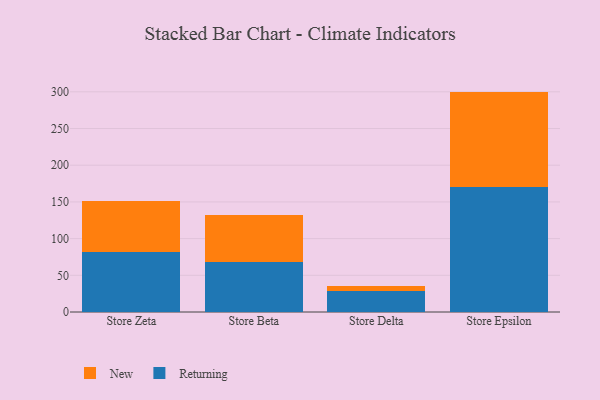
{"axis": {"x": "Store", "y": "Waste Production (Tons)"}, "legend": ["New", "Returning"], "data": [{"x": "Store Zeta", "y": 82.0, "type": "Returning"}, {"x": "Store Zeta", "y": 69.5, "type": "New"}, {"x": "Store Beta", "y": 68.5, "type": "Returning"}, {"x": "Store Beta", "y": 64.2, "type": "New"}, {"x": "Store Delta", "y": 28.5, "type": "Returning"}, {"x": "Store Delta", "y": 6.9, "type": "New"}, {"x": "Store Epsilon", "y": 170.3, "type": "Returning"}, {"x": "Store Epsilon", "y": 130.0, "type": "New"}]}